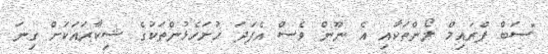
"ސަބް ޕްރައިމް ލޯންތަކާއި އެ ނޫން ވެސް އެފަދަ ހުށަހެޅުންތަކުގެ ޝިކާރައަކަށް ގިނަ